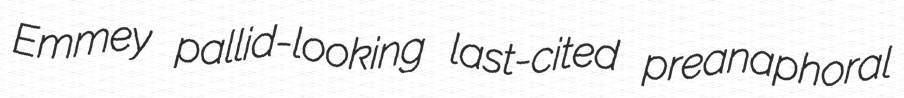
Emmey pallid-looking last-cited preanaphoral